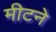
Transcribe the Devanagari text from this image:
मीटने